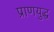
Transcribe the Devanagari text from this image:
प्राणयुद्ध